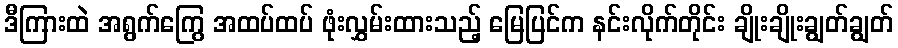
ဒီကြားထဲ အရွက်ကြွေ အထပ်ထပ် ဖုံးလွှမ်းထားသည့် မြေပြင်က နင်းလိုက်တိုင်း ချိုးချိုးချွတ်ချွတ်